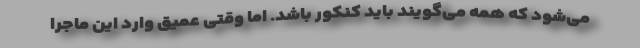
می‌شود که همه می‌گویند باید کنکور باشد. اما وقتی عمیق وارد این ماجرا